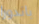
باندورا